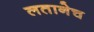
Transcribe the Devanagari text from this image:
लतानेच